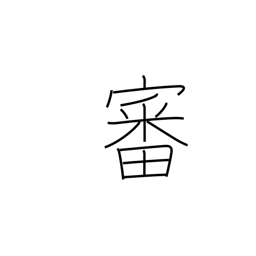
Meaning: trial